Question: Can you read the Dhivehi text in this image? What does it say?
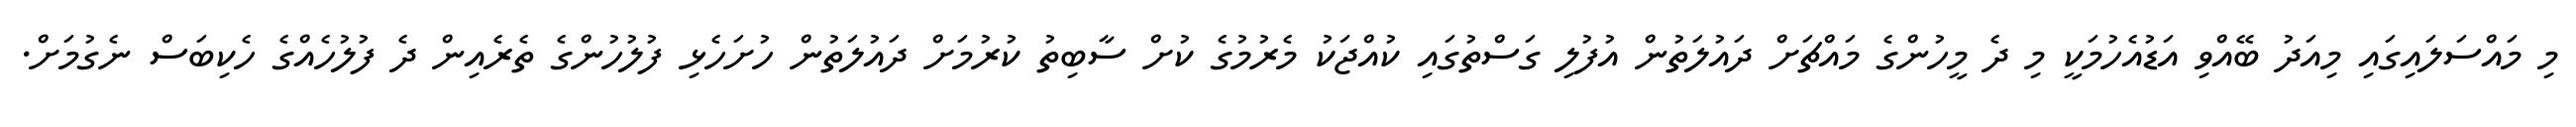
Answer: މި މައްސަލައިގައި މިއަދު ބޭއްވި އަޑުއެހުމަކީ މި ދެ މީހުންގެ މައްޗަށް ދައުލަތުން އުފުލި ގަސްތުގައި ކުއްޖަކު މެރުމުގެ ކުށް ސާބިތު ކުރުމަށް ދައުލަތުން ހުށަހެޅި ފުލުހުންގެ ތެރެއިން ދެ ފުލުހެއްގެ ހެކިބަސް ނެގުމަށް.